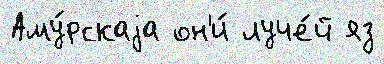
Аму́рскаjа он'и́ луче́й яз